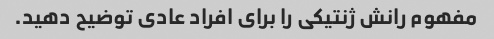
مفهوم رانش ژنتیکی را برای افراد عادی توضیح دهید.